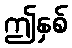
ဤနှစ်